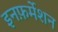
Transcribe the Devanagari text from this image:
इनफ़र्मेशन